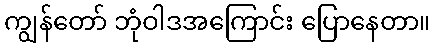
ကျွန်တော် ဘုံဝါဒအကြောင်း ပြောနေတာ။